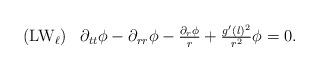
LaTeX: \begin{align*}\begin{array}{rc}({\rm LW}_{\ell})&\partial_{tt}\phi-\partial_{rr}\phi-\frac{\partial_r\phi}{r}+\frac{g'(l)^2}{r^2}\phi=0.\\\end{array}\end{align*}